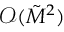
\mathcal { O } ( \tilde { M } ^ { 2 } )